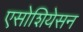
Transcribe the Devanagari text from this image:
एसोशियेसन